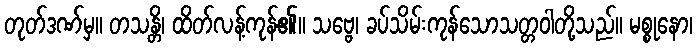
တုတ်ဒဏ်မှ။ တသန္တိ၊ ထိတ်လန့်ကုန်၏။ သဗ္ဗေ၊ ခပ်သိမ်းကုန်သောသတ္တဝါတို့သည်။ မစ္စုနော၊